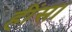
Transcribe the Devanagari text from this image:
हींस।